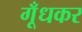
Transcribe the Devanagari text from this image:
गूँधकर